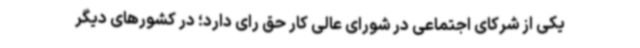
یکی از شرکای اجتماعی در شورای عالی کار حق رای دارد؛ در کشورهای دیگر